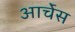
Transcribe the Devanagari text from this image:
आर्चेस